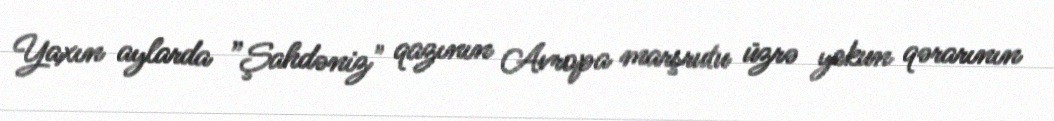
Yaxın aylarda ”Şahdəniz" qazının Avropa marşrutu üzrə yekun qərarının